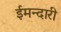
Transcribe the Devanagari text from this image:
ईमन्दारी